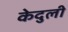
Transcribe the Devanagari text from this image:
केदुली